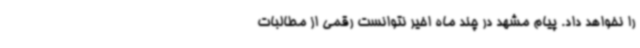
را نخواهد داد. پیام مشهد در چند ماه اخیر نتوانست رقمی از مطالبات